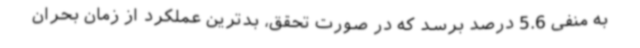
به منفی 5.6 درصد برسد که در صورت تحقق، بدترین عملکرد از زمان بحران